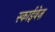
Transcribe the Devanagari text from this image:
स्काईवेज़